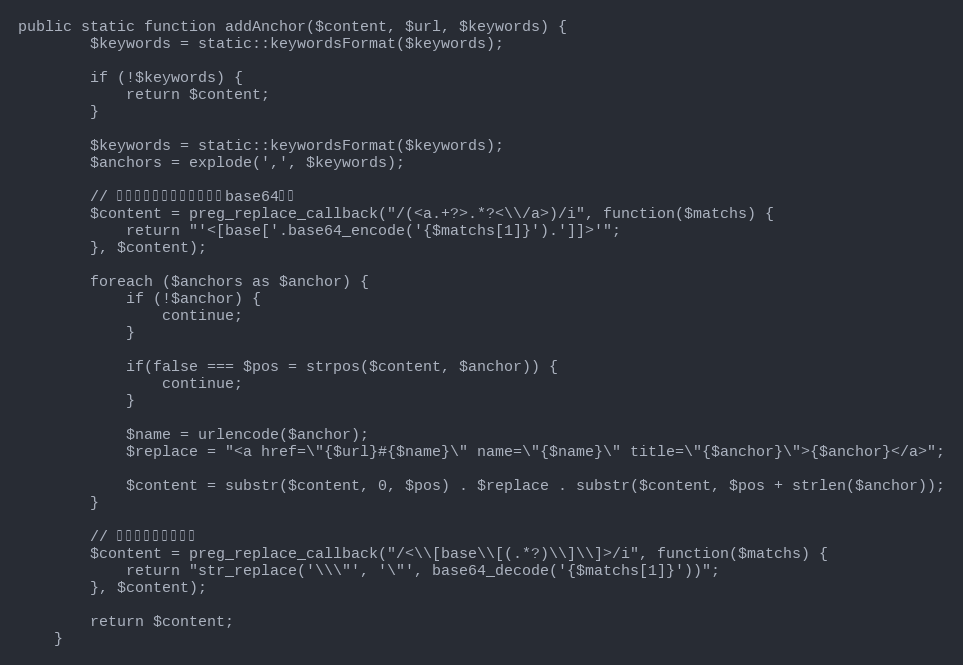
Language: PHP
public static function addAnchor($content, $url, $keywords) {
		$keywords = static::keywordsFormat($keywords);

		if (!$keywords) {
			return $content;
		}

		$keywords = static::keywordsFormat($keywords);
		$anchors = explode(',', $keywords);

		// 把内容中的所有连接先进行base64编码
		$content = preg_replace_callback("/(<a.+?>.*?<\\/a>)/i", function($matchs) {
			return "'<[base['.base64_encode('{$matchs[1]}').']]>'";
		}, $content);

		foreach ($anchors as $anchor) {
			if (!$anchor) {
				continue;
			}

			if(false === $pos = strpos($content, $anchor)) {
				continue;
			}

			$name = urlencode($anchor);
			$replace = "<a href=\"{$url}#{$name}\" name=\"{$name}\" title=\"{$anchor}\">{$anchor}</a>";

			$content = substr($content, 0, $pos) . $replace . substr($content, $pos + strlen($anchor));
		}

		// 解码原本的链接内容
		$content = preg_replace_callback("/<\\[base\\[(.*?)\\]\\]>/i", function($matchs) {
			return "str_replace('\\\"', '\"', base64_decode('{$matchs[1]}'))";
		}, $content);

		return $content;
	}